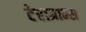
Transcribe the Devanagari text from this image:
टेराग्राम्स